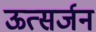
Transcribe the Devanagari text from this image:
ऊत्सर्जन